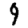
Digit: 9